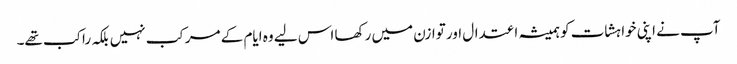
آپ نے اپنی خواہشات کو ہمیشہ اعتدال اور توازن میں رکھا اس لیے وہ ایام کے مرکب نہیں بلکہ راکب تھے۔